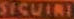
SICUIRI